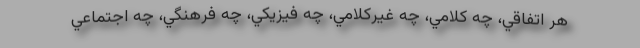
هر اتفاقي، چه كلامي، چه غيركلامي، چه فيزيكي، چه فرهنگي، چه اجتماعي